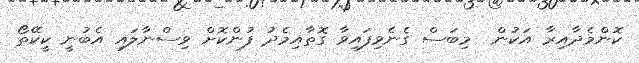
ކޮންމެދާއިރާ އަކުން  މިބަސް ގެނެވިފައިވާ ގޮތާއިމެދު ފުންކޮށް ވިސްނާލައި އެބުނީ ކީކޭތޯ